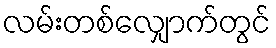
လမ်းတစ်လျှောက်တွင်